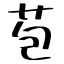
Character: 苞